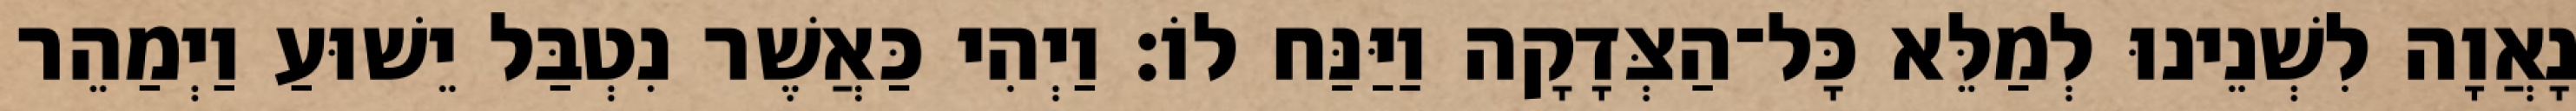
נָאֲוָה לִשְׁנֵינוּ לְמַלֵּא כָּל־הַצְּדָקָה וַיַּנַּח לוֹ׃ וַיְהִי כַּאֲשֶׁר נִטְבַּל יֵשׁוּעַ וַיְמַהֵר